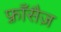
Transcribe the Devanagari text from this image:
फ़्राँसैज़